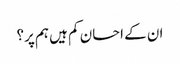
ان کے احسان کم ہیں ہم پر؟